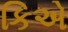
કિએ